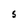
Character: S